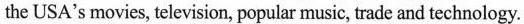
the USA's movies, television, popular music, trade and technology.